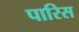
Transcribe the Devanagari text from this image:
पारिस